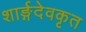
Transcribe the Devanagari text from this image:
शार्ङ्गदेवकृत